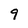
Character: 9